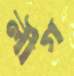
লীগ